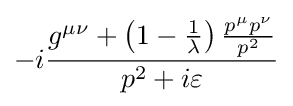
-i{\frac {g^{\mu \nu }+\left(1-{\frac {1}{\lambda }}\right){\frac {p^{\mu }p^{\nu }}{p^{2}}}}{p^{2}+i\varepsilon }}